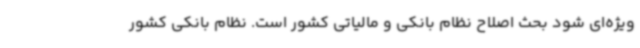
ویژه‌ای شود بحث اصلاح نظام بانکی و مالیاتی کشور است. نظام بانکی کشور